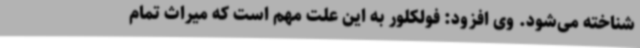
شناخته می‌شود. وی افزود: فولکلور به این علت مهم است که میراث تمام